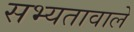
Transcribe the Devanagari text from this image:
सभ्यतावाले